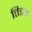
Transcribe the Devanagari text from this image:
तिङत